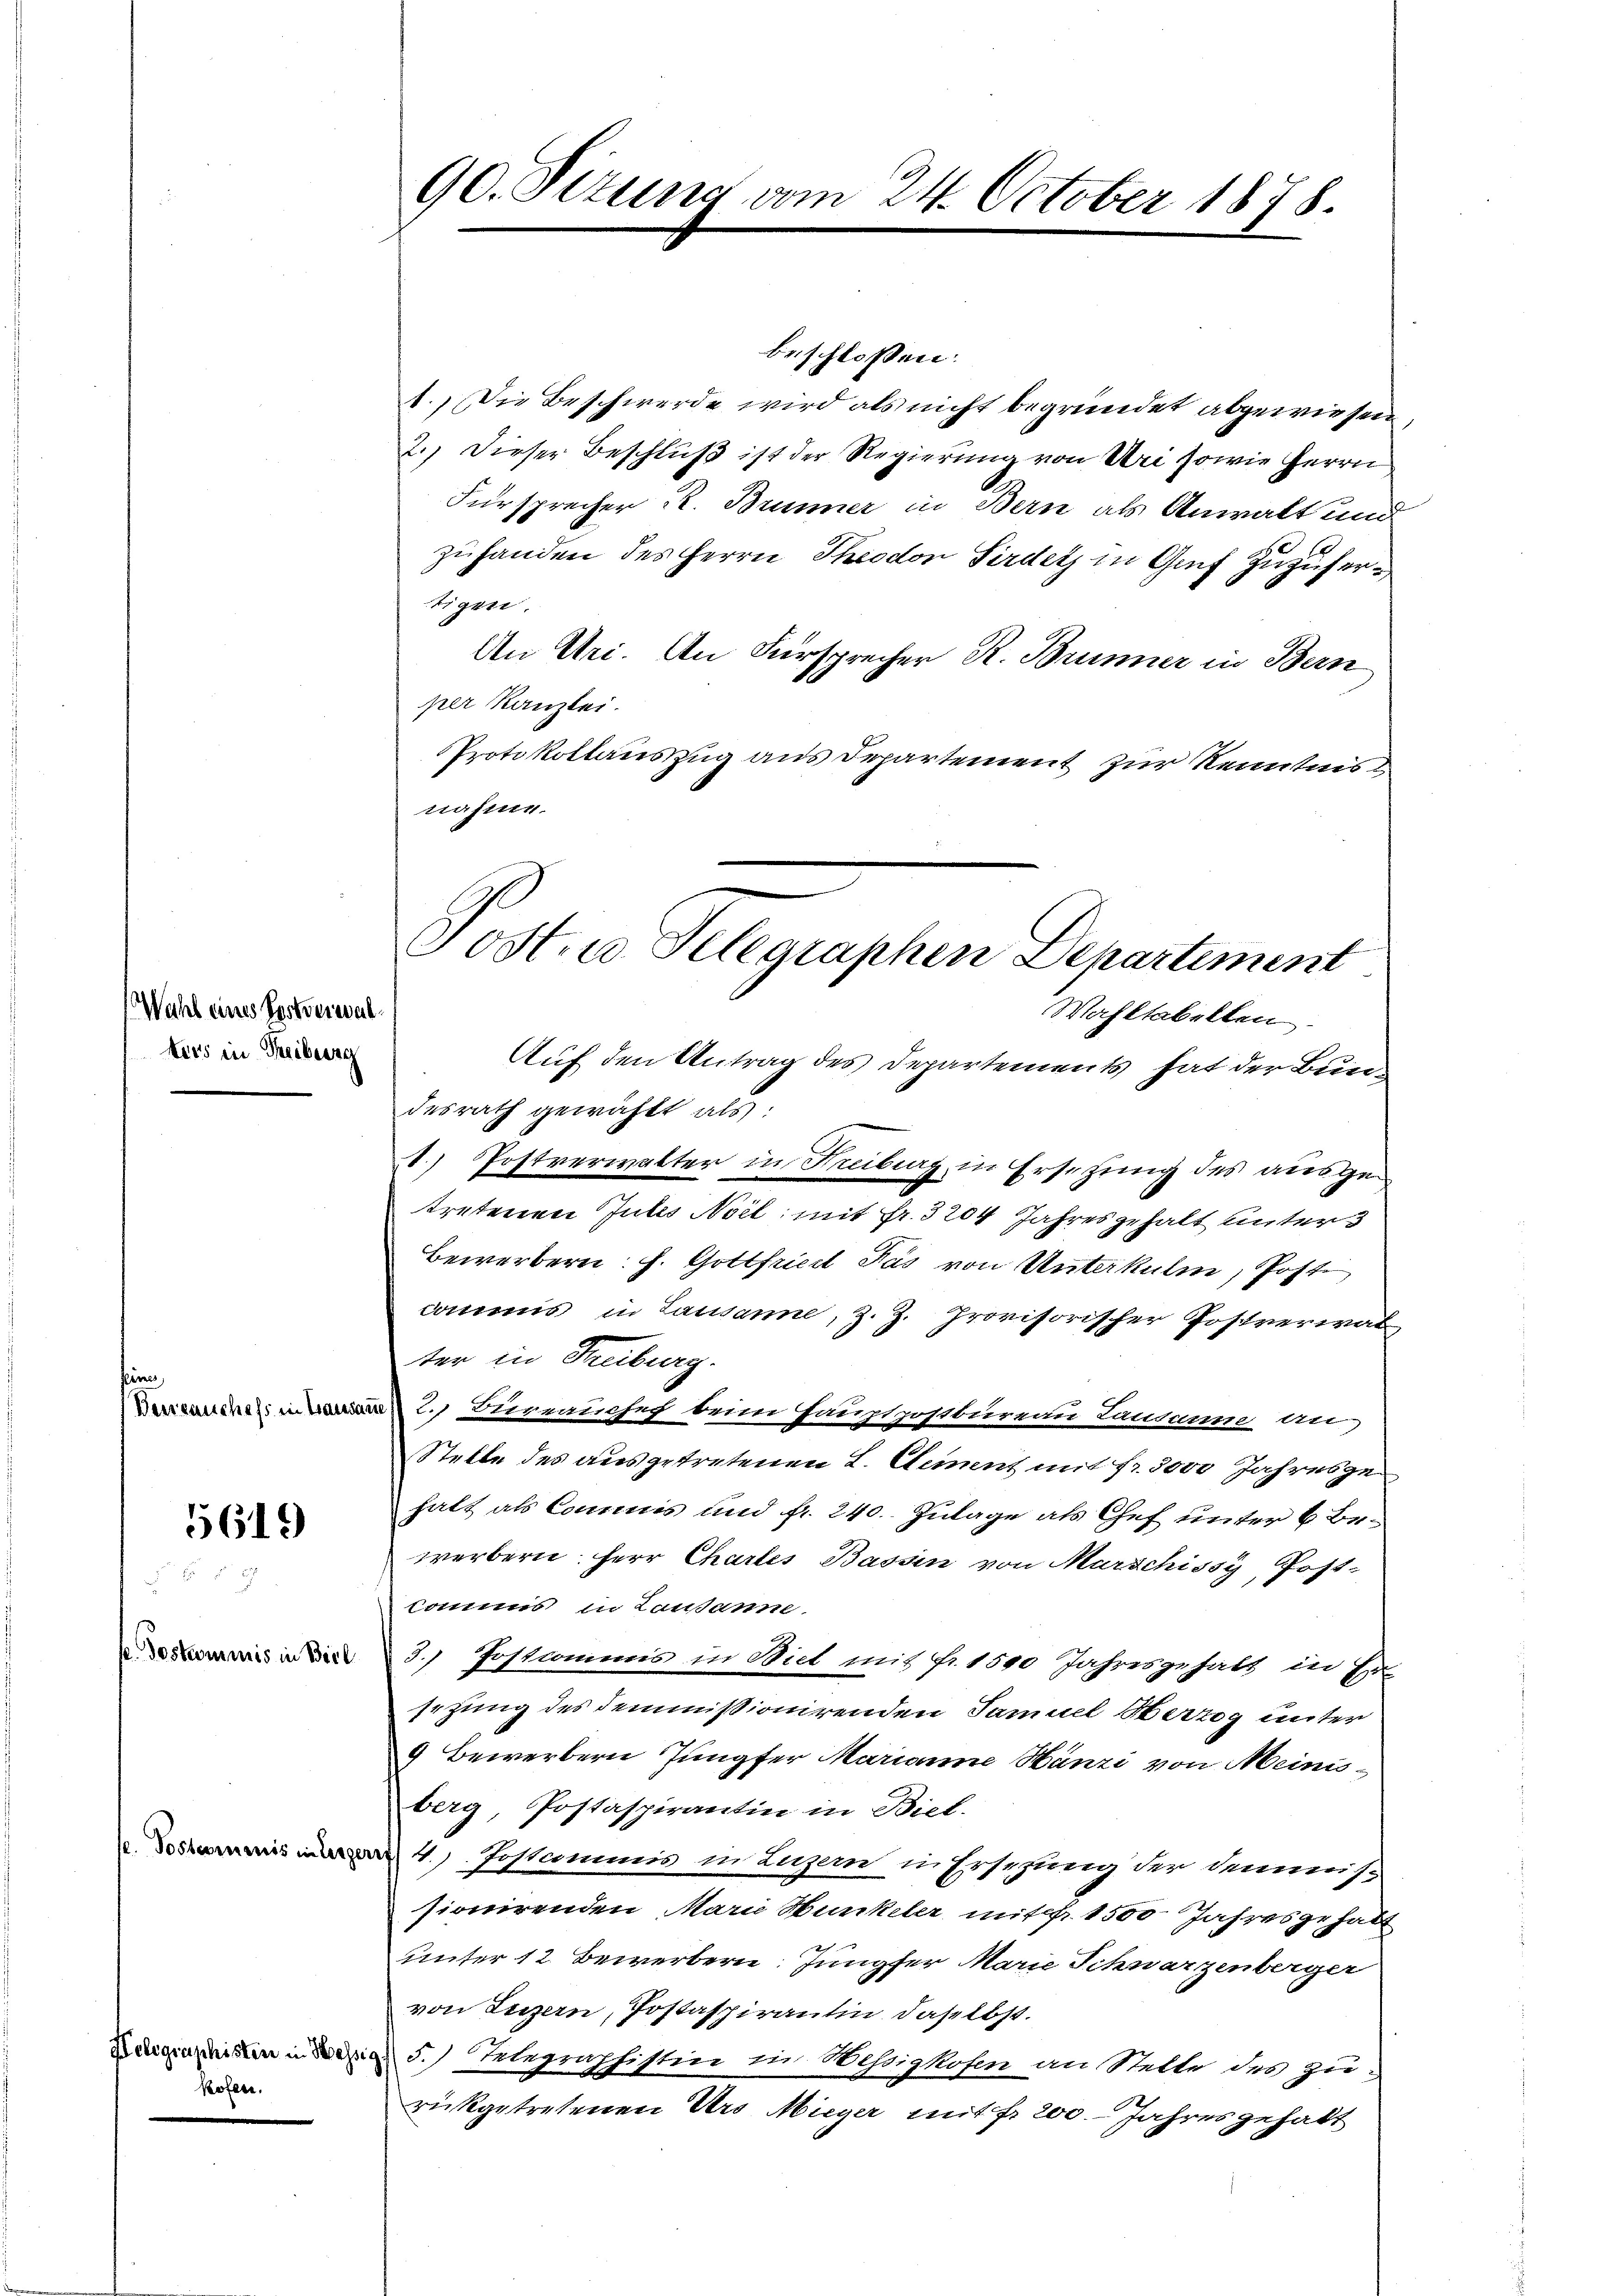
Wahl eines Postverwal
ters in Treiberg

t
Berrauchess in Gaussa

5619

t. Postcommis in Biel

e. Postcommis interge

Helegraphisten in He
kofen.

90. Situng vom 24. October 1878.

beschlossen:
1.) Die Beschwerde wird als nicht begründet abgewiesen
2.) Dieser Beschluß ist der Regierung von Uri sowie Herrn
Fürsprecher R. Brunner in Bern als Anwalt und
zuhanden des Herrn Theodon Sirders in Genf zuzufertigen.
An Uri. An Fürsprecher R. Brunner in Bern
per Kanzlei.
PProtokollauszug aus Departement zur Kenntnis
nähme.
Auf den Antrag des Departements hat der Bundesrath gewählt als:
1) Postverwalter in Feuburg in Ersetzung des ausgetretenen Jubes Noit; mit Fr. 3204 Jahres gehalt unter¬
Bewerbern. J. Gottfried Pás von Unterkulm, Post
commis in Lausanne, z. Z. provisorischer Postverwal
ter in Treiburg.
2. Bureauche beim Hauptpostbureau Lausanne an
Stelle des ausgetretenen L. Clement mit fr. 5000 Jahresgehalt als Commis und fr. 240. Zulage als Chef unter 6 Bewerbern Herr Chartes Bassin von Marschissy, Post¬
Commis in Lausanne
3.) Postcommis in Biel mit Fr. 1500 Jahresgehalt in Ersezung des dommissionirenden Samuel Herzog unter
9 Bewerbern Jungfer Marianne Hänzi von Meinisberg, Postaspirantin in Biel.
4.) Postcommis in Luzern in Ersezung der Demmissionirenden Marie Hunkeler mit 1500 Jahresgehabt
unter 12 Bewerbern. Jungfer Marie Schwarzenberger
von Luzern, Postaspirantin daselbst.
5.) Telegraphistin in Hessigkofen an Stelle des zurückgetretenen Urs Mieger mit fr. 200. Jahres gehabt

Post. Telegraphen Departement
Wahltabellen